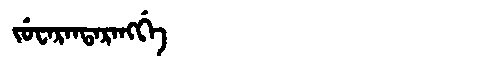
Manchu: ᠵᡠᠸᠠᡵᠠᠨᡨᠠᡵᠠᠩᡤᡝ
Romanization: JUWARANTARANGGE